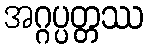
အဂ္ဂပ္ပတ္တဿ